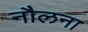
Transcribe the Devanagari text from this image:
नौलना